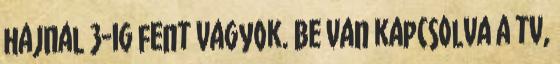
hajnal 3-ig fent vagyok. Be van kapcsolva a tv,